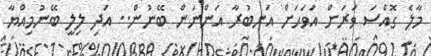
މާލެ ގޮއްސަ ވަރަށް އަވަހަށް އަނބުރާ އަންނަން ބޭނުން.. އަދި ލިލީ ބޭނުމިއްޔާ